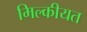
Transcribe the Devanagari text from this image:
मिल्कीयत